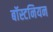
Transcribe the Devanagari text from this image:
बॉस्टनियन